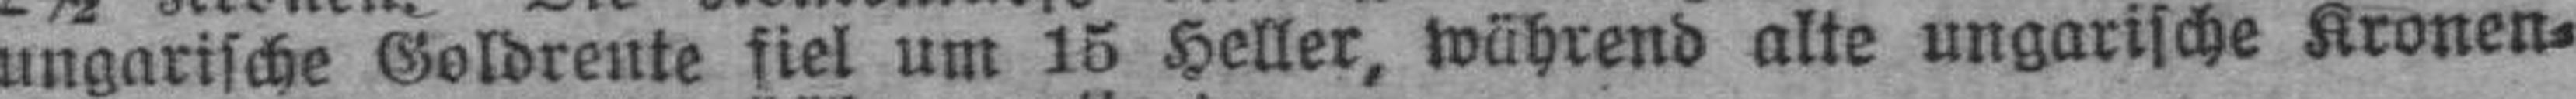
ungarische Goldrente fiel um 15 Heller, während alle ungarische Kronen¬